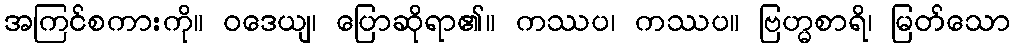
အကြင်စကားကို။ ဝဒေယျ၊ ပြောဆိုရာ၏။ ကဿပ၊ ကဿပ။ ဗြဟ္မစာရိ၊ မြတ်သော